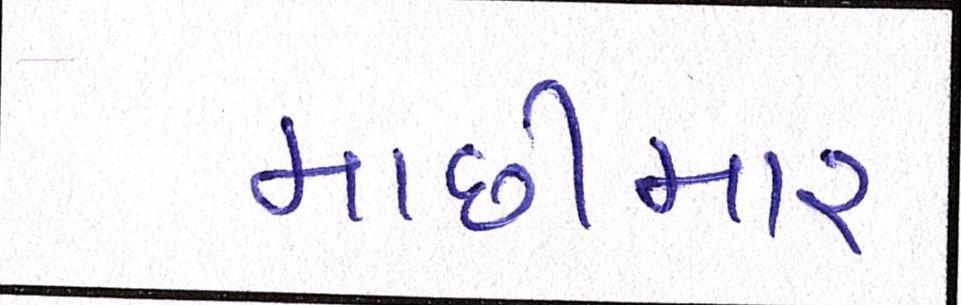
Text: માછીમાર